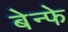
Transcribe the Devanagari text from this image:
बेन्फे